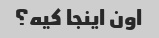
اون اینجا کیه؟